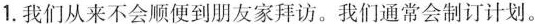
1.我们从来不会顺便到朋友家拜访。我们通常会制订计划。